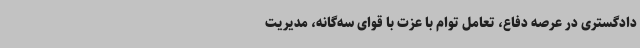
دادگستری در عرصه دفاع، تعامل توام با عزت با قوای سه‌گانه، مدیریت